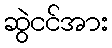
ဆွဲငင်အား